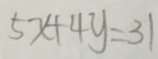
5 x + 4 y = 3 1